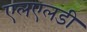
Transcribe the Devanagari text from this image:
एलएलडी